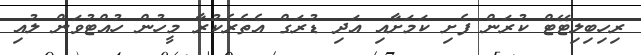
ރިހިބިލިޓޭޓް ކުރަން ފެށި ކަމަށާއި އަދި ޑުރަގް އެތެރެކުރާ މީހުން ހުއްޓުވަން ލުއި